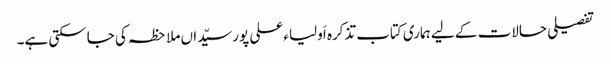
تفصیلی حالات کے لیے ہماری کتاب تذکرہ اَولیاء علی پورسیّداں ملاحظہ کی جاسکتی ہے۔